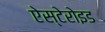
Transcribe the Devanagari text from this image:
ऐस्टेरोइड